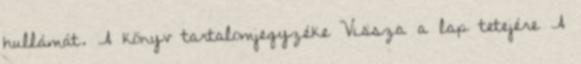
hullámát. A könyv tartalomjegyzéke Vissza a lap tetejére A